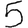
Digit: 5